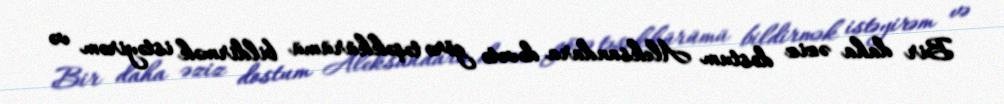
Bir daha əziz dostum Aleksandara dəvətə görə təşəkkürümü bildirmək istəyirəm və